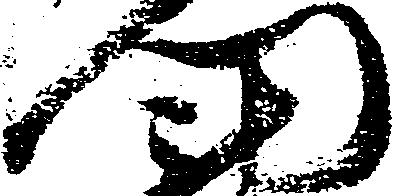
門